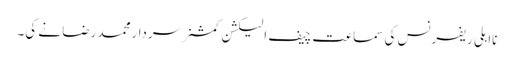
نااہلی ریفرنس کی سماعت چیف الیکشن کمشنر سردارمحمد رضا نے کی۔